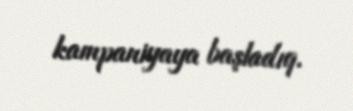
kampaniyaya başladıq.